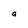
Character: a